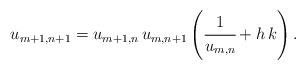
\begin{align*}u_{m+1,n+1}=u_{m+1,n}\,u_{m,n+1}\left(\cfrac{1}{u_{m,n}}+h\,k\right).\end{align*}